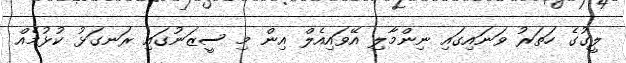
ލީގުގެ ހަތަރު ވަނައިގައި ނިންމާލި އޭވައިއެލް އިން މި ސީޒަނުގައި ރަނގަޅު ކުޅުމެއް